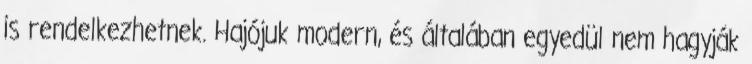
is rendelkezhetnek. Hajójuk modern, és általában egyedül nem hagyják